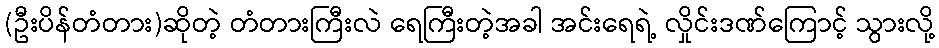
(ဦးပိန်တံတား)ဆိုတဲ့ တံတားကြီးလဲ ရေကြီးတဲ့အခါ အင်းရေရဲ့ လှိုင်းဒဏ်ကြောင့် သွားလို့